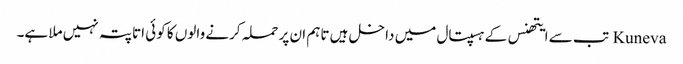
Kuneva تب سے ایتھنس کے ہسپتال میں داخل ہیں تاہم ان پر حملہ کرنے والوں کا کوئی اتا پتہ نہیں ملا ہے۔